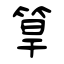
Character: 筸